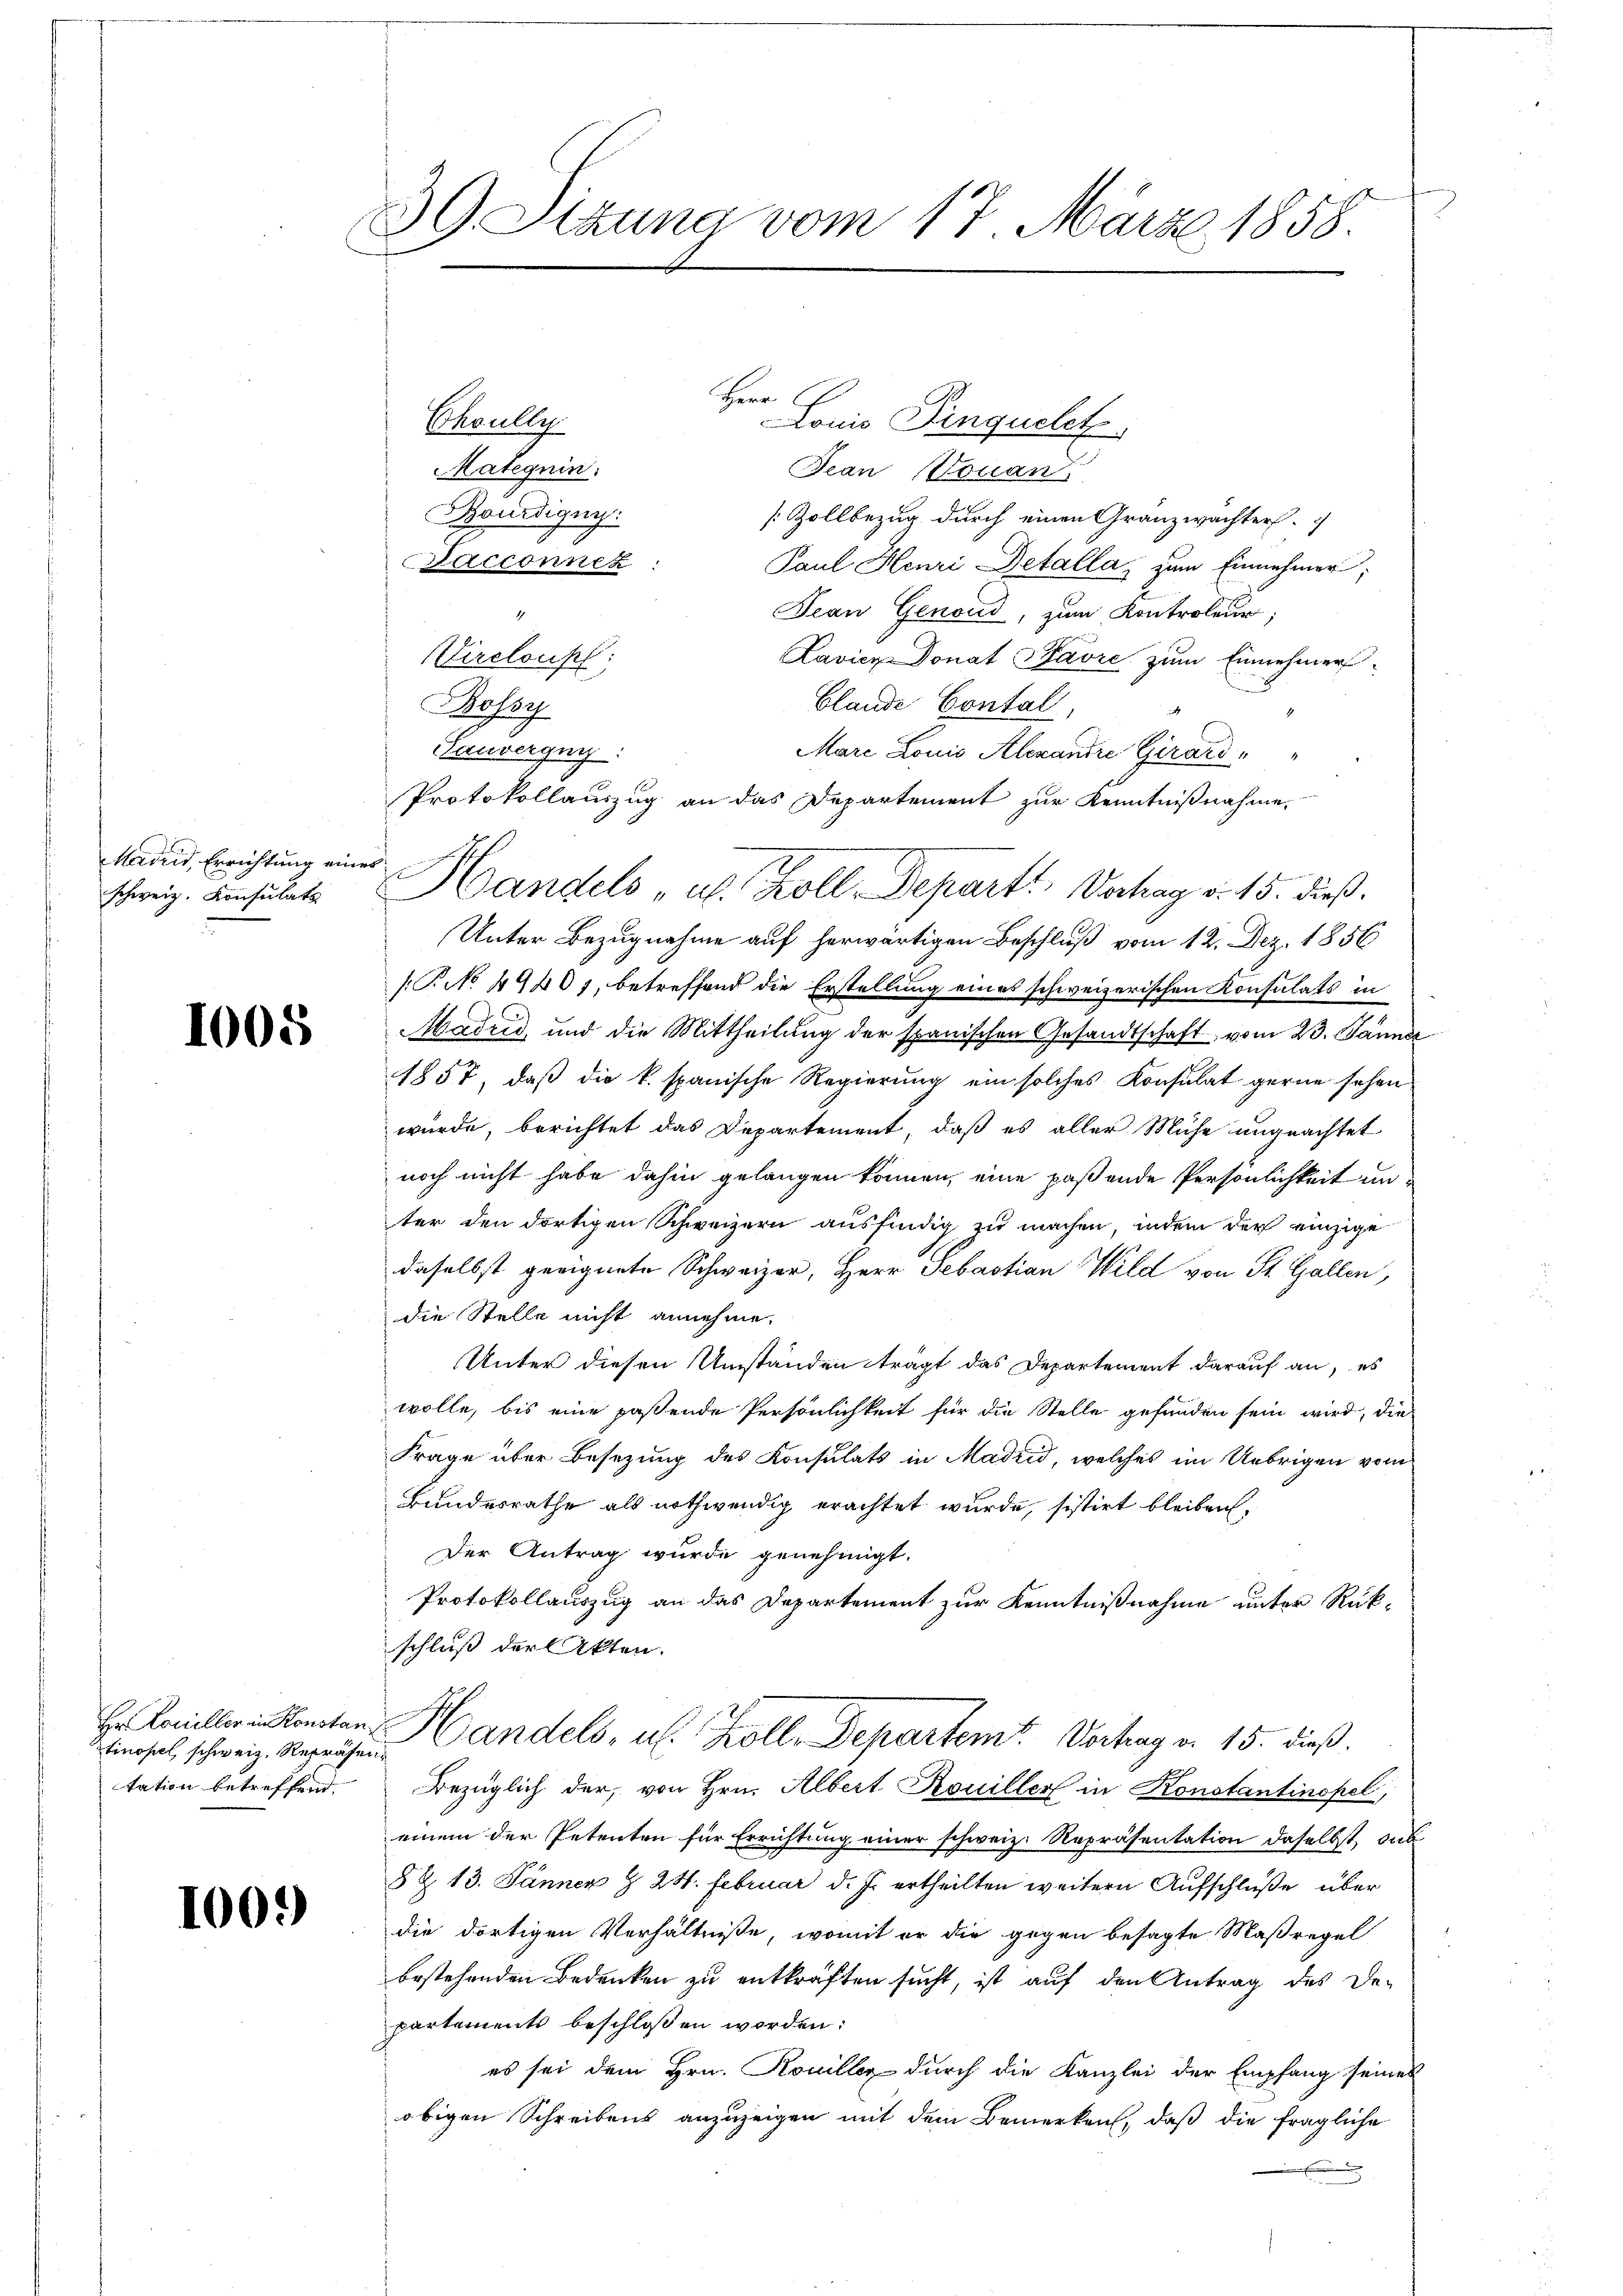
Madrid, Errichtung eines
schweiz. Konsulats

1005

tinopel schweiz. Repräsentation betreffend.

100.)

39. Sitzung vom 17. März 1858
.
.

Herr C
Choully
Lonis Pinguelet
Mateqnin.
Jean Kouan
Bourdigny.
[Zollbezug durch einen Granzwachter
Sacconner
Paul Henri-Betalla zum Einnehmen;
Jean Genoud, zum Kontroleur;
4
Vireloupf:
Lavicz Donat Bavre zum Einnehmer
blande Contal,
Bossy
Sauvergng:
Mare Louis Alexandre Girard,
Protokollauszug an das Departement zur Kenntnißnahme,
Unter Bezugnahme auf herwärtigen Beschluß vom 12. Dez. 1856
[T. No. 49401, betreffend die Erstellung eines schweizerischen Konsulats in
Madrid, und die Mittheilung der spanischen Gesandtschaft vom 23. Jänner
1857, daß die k. spanische Regierung ein solches Konsulat gerne sehen
würde, berichtet das Departement, daß es aller Mühe ungeachtet
noch nicht habe dahin gelangen können, eine paßende Persönlichkeit un
ter den dortigen Schweizern ausfindig zu machen, indem der einzige
daselbst geeignete Schweizer, Herr Sebastian Wild von St. Gallen,
die Stelle nicht annehme.
Unter diesen Umständen trägt das Departement darauf an, es
wolle, bis eine passende Persönlichkeit für die Stelle gefunden sein wird, die
Frage über Besetzung des Konsulats in Madrid, welches im Uebrigen vom
Bundesrathe als nothwendig erachtet wurde, sistirt bleiben,
Der Antrag wurde genehmigt.
Protokollauszug an das Departement zur Kenntnißnahme unter Rükschluß der Akten.
Hr. Camiller Kanton Handels, u. Kolle Departemt. Vorhag v. 15. dieß
Bezüglich der, von Hrn. Albert Kouiller in Konstantinopel,
einem der Petenten für Errichtung einer schweiz. Repräsentation daselbst, sub
§ Z. 13. Jänner § 24. Februar d. J. ertheilten weitern Aufschluße über
die dortigen Verhältnisse, womit er die gegen besagte Maßregel
bestehenden Bedenken zu entkräften sucht, ist auf den Antrag des De-
partements beschlossen worden:
es sei dem Hrn. Koniller durch die Kanzlei der Empfang seines
obigen Schreibens anzuzeigen mit dem Bemerken, daß die fragliche
2

Handels "al. Koll. Depart. Vorhag v. 15. dieß.